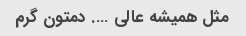
مثل همیشه عالی …. دمتون گرم